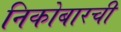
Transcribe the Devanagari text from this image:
निकोबारची